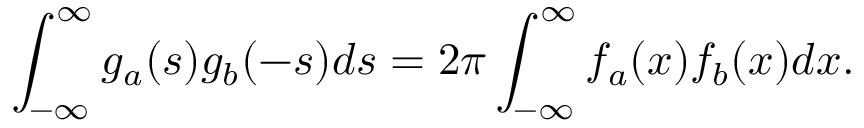
\int _ { - \infty } ^ { \infty } g _ { a } ( s ) g _ { b } ( - s ) d s = 2 \pi \int _ { - \infty } ^ { \infty } f _ { a } ( x ) f _ { b } ( x ) d x .